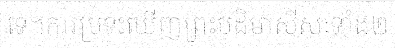
ទេ។ការប្រទះឃើញព្រះបដិមាសីសៈទាំង២